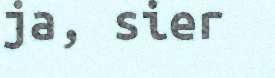
ja, sier